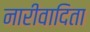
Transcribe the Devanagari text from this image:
नारीवादिता